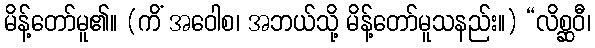
မိန့်တော်မူ၏။ (ကိံ အဝေါစ၊ အဘယ်သို့ မိန့်တော်မူသနည်း။) “လိစ္ဆဝီ၊